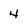
Character: 4